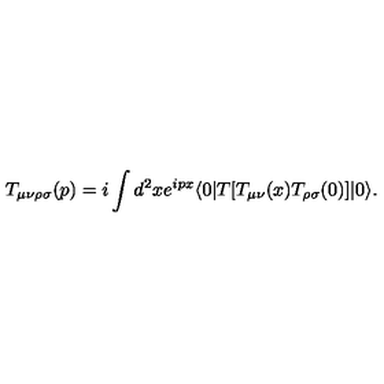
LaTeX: T _ { \mu \nu \rho \sigma } ( p ) = i \int d ^ { 2 } x e ^ { i p x } \langle 0 \vert T \lbrack T _ { \mu \nu } ( x ) T _ { \rho \sigma } ( 0 ) \rbrack \vert 0 \rangle .